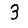
Digit: 3